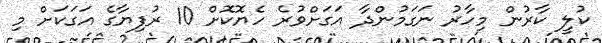
ކުލީ ކާރުން މިހާރު ނަގަމުންދާ އަގަށްވުރެ ހެޔޮކޮށް 10 ރުފިޔާގެ އަގަކަށް މި